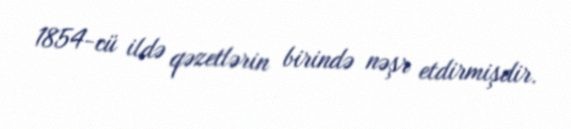
1854-cü ildə qəzetlərin birində nəşr etdirmişdir.